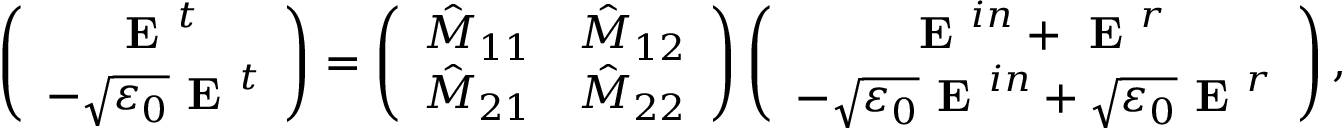
\left( \begin{array} { c } { \textbf { E } ^ { t } } \\ { - \sqrt { \varepsilon _ { 0 } } \textbf { E } ^ { t } } \end{array} \right) = \left( \begin{array} { l l } { \hat { M } _ { 1 1 } } & { \hat { M } _ { 1 2 } } \\ { \hat { M } _ { 2 1 } } & { \hat { M } _ { 2 2 } } \end{array} \right) \left( \begin{array} { c } { \textbf { E } ^ { i n } + \textbf { E } ^ { r } } \\ { - \sqrt { \varepsilon _ { 0 } } \textbf { E } ^ { i n } + \sqrt { \varepsilon _ { 0 } } \textbf { E } ^ { r } } \end{array} \right) ,